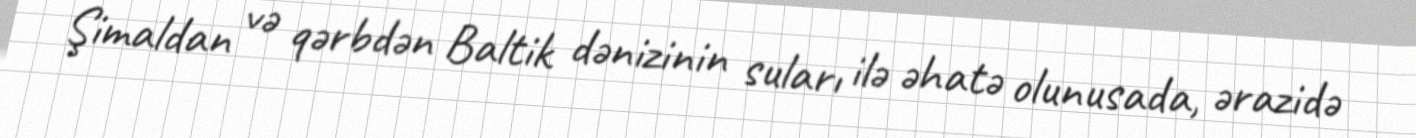
Şimaldan və qərbdən Baltik dənizinin suları ilə əhatə olunusada, ərazidə